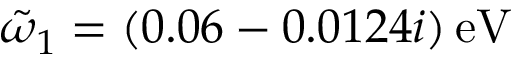
\tilde { \omega } _ { 1 } = ( 0 . 0 6 - 0 . 0 1 2 4 i ) \, \mathrm { e V }